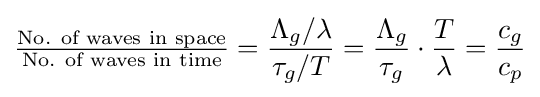
{\tfrac {\text{No. of waves in space}}{\text{No. of waves in time}}}={\frac {\Lambda _{g}/\lambda }{\tau _{g}/T}}={\frac {\Lambda _{g}}{\tau _{g}}}\cdot {\frac {T}{\lambda }}={\frac {c_{g}}{c_{p}}}